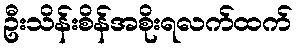
ဦးသိန်းစိန်အစိုးရလက်ထက်